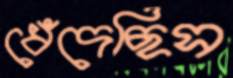
ধেঁদেছিস